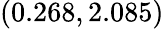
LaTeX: (0.268,2.085)